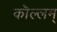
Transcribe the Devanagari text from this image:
कॊल्लम्